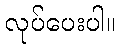
လုပ်ပေးပါ။